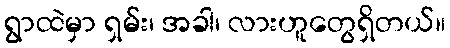
ရွာထဲမှာ ရှမ်း၊ အခါ၊ လားဟူတွေရှိတယ်။